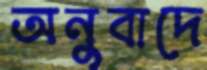
অনুবাদে